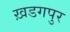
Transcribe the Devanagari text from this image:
ख़डगपुर